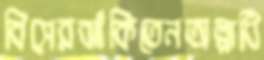
বিসেরঝাঁকিতেনঅল্পাধি